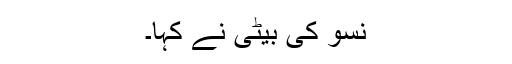
نسو کی بیٹی نے کہا۔